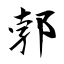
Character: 郣